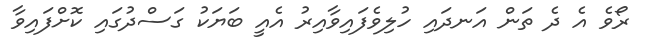
ރޯވެ އެ ދެ ތަން އަނދައި ހުލިވެފައިވާއިރު އެއީ ބަޔަކު ގަސްދުގައި ކޮށްފައިވާ